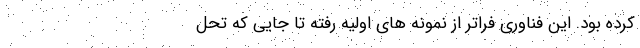
کرده بود. این فناوری فراتر از نمونه های اولیه رفته تا جایی که تحل